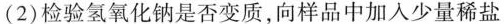
(2)检验氢氧化钠是否变质，向样品中加入少量稀盐